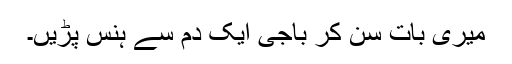
میری بات سن کر باجی ایک دم سے ہنس پڑیں۔